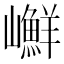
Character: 𡾮